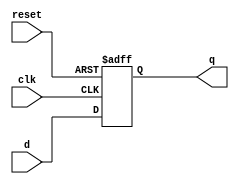
module flip_flop (
    input wire clk,  // clock signal
    input wire reset,  // asynchronous reset signal
    input wire d,  // data input
    output reg q  // output signal
);

// flip-flop logic
always @(posedge clk or posedge reset)
begin
    if (reset)
        q <= 1'b0;  // reset to 0
    else
        q <= d;  // store input data
end

endmodule